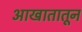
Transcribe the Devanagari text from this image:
आखातातून